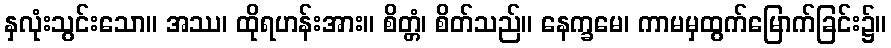
နှလုံးသွင်းသော။ အဿ၊ ထိုရဟန်းအား။ စိတ္တံ၊ စိတ်သည်။ နေက္ခမေ၊ ကာမမှထွက်မြောက်ခြင်း၌။